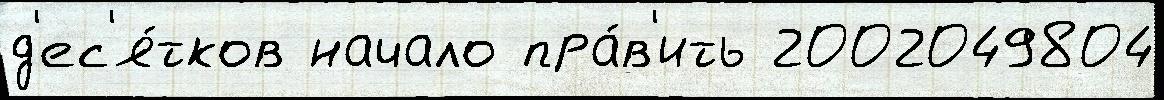
д'ес'я́тков начало пра́в'ить 2002049804